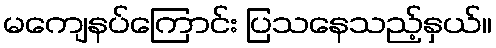
မကျေနပ်ကြောင်း ပြသနေသည့်နှယ်။